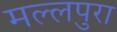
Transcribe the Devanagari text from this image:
मल्लपुरा